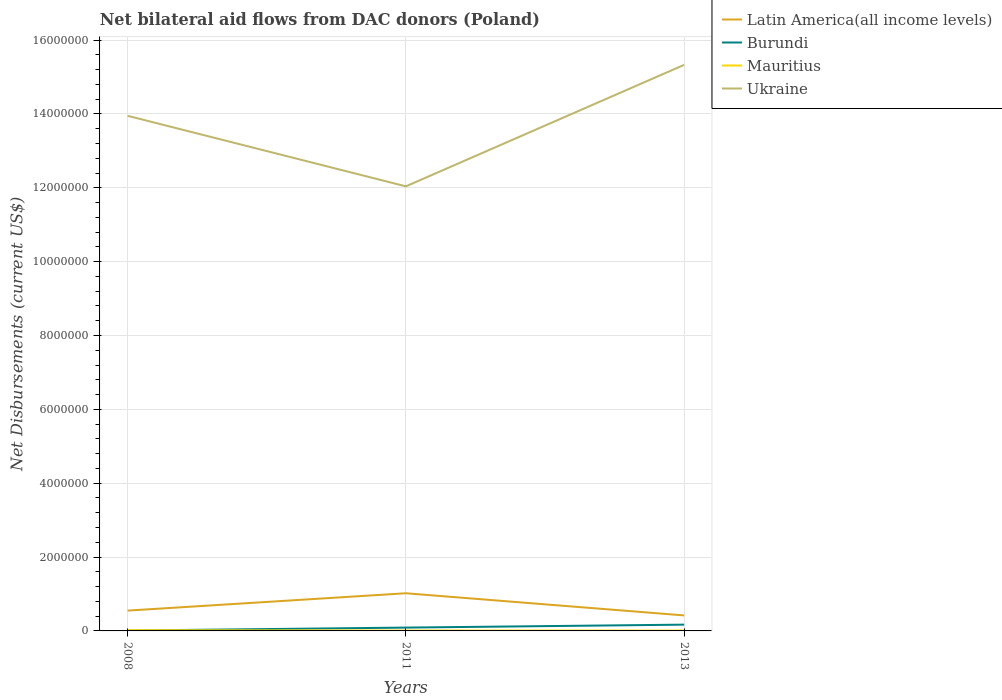
| Years | Latin America(all income levels) | Burundi | Mauritius | Ukraine |
 | --- | --- | --- | --- | --- |
 | 2008 | 5.5e+05 | 1e+04 | 2e+04 | 1.4e+07 |
 | 2011 | 1.02e+06 | 9e+04 | 1e+04 | 1.2e+07 |
 | 2013 | 4.2e+05 | 1.7e+05 | 1e+04 | 1.53e+07 |